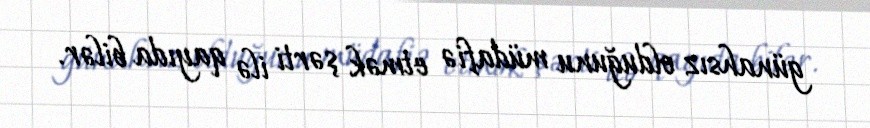
günahsız olduğunu müdafiə etmək şərti ilə qayıda bilər.